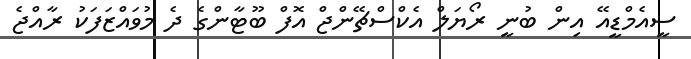
ސީއެމްޑީއޭ އިން ބުނީ ރޯޔަލް އެކްސްޗޭންޖް އޮފް ބޫޓާންގެ ދެ މުވައްޒަފަކު ރާއްޖެ